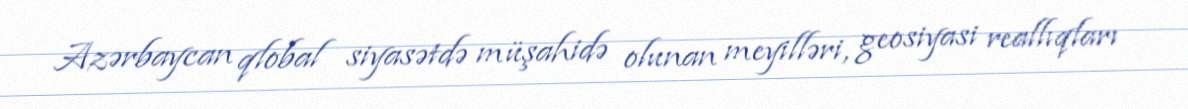
Azərbaycan qlobal siyasətdə müşahidə olunan meyilləri, geosiyasi reallıqları